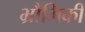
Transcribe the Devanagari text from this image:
भ्रौमिकी